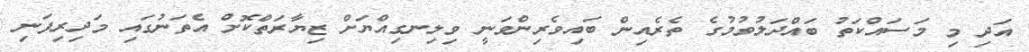
އަދި މި މަސައްކަތު ބައްދަލުވުމުގެ ތެރެއިން ބައިވެރިންވަނީ ވިލިނގިއްޔަށް ޒިޔާރަތްކޮށް އެތަނުގައި މަދިރިފަނި